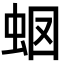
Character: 𧉫